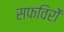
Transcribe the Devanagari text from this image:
सफविरों